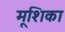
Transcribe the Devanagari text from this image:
मूशिका